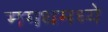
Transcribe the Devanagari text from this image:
मगधमध्ये